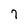
Character: 7